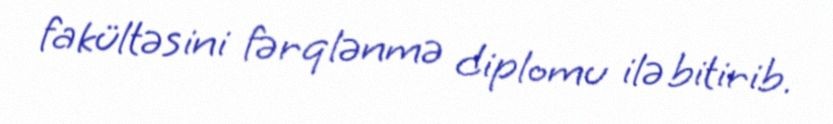
fakültəsini fərqlənmə diplomu ilə bitirib.